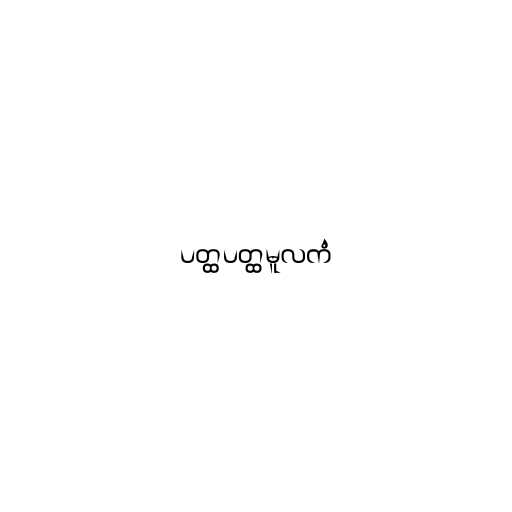
ပတ္ထပတ္ထမူလကံ